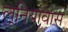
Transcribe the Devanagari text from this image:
लूनियावास